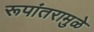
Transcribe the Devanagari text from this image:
रूपांतरामुळे